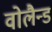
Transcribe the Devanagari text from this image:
वोलैन्ड